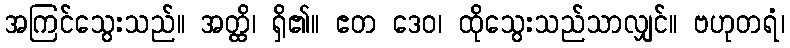
အကြင်သွေးသည်။ အတ္ထိ၊ ရှိ၏။ ဧတ ဒေဝ၊ ထိုသွေးသည်သာလျှင်။ ဗဟုတရံ၊